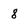
Character: 8